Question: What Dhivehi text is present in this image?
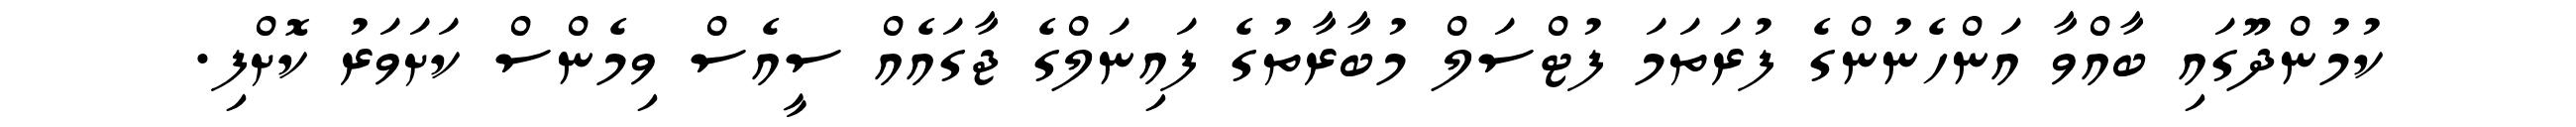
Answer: ކުމުންދޫގައި ބާއްވާ އަންހެނުންގެ ފުރަތަމަ ފުޓްސަލް މުބާރާތުގެ ފައިނަލްގެ ޖާގައެއް ސީއެސް ވިމެންސް ކަށަވަރު ކޮށްފި.